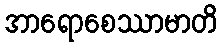
အာရောစေဿာမာတိ